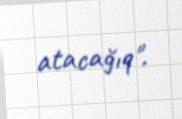
atacağıq".